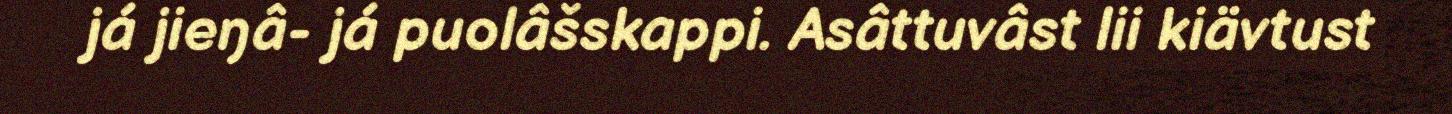
já jieŋâ- já puolâšskappi. Asâttuvâst lii kiävtust